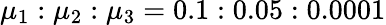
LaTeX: \mu_{1}:\mu_{2}:\mu_{3}=0.1:0.05:0.0001